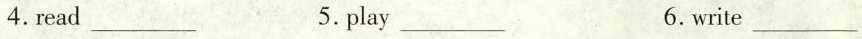
4. read___ 5. play___ 6. write___